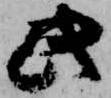
此